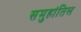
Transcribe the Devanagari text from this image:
समुहांतिल